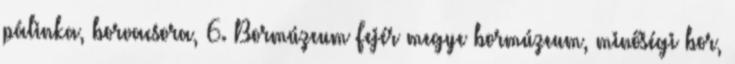
pálinka, borvacsora, 6. Bormúzeum Fejér megye bormúzeum, minőségi bor,